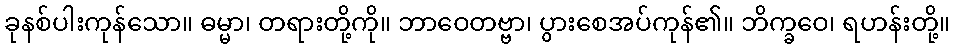
ခုနစ်ပါးကုန်သော။ ဓမ္မာ၊ တရားတို့ကို။ ဘာဝေတဗ္ဗာ၊ ပွားစေအပ်ကုန်၏။ ဘိက္ခဝေ၊ ရဟန်းတို့။